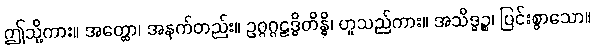
ဤသို့ကား။ အတ္ထော၊ အနက်တည်း။ ဥဂ္ဂဂ္ဂဠဒ္ဓိတိန္ဓိ၊ ဟူသည်ကား။ အသိဒ္ဓဉ္စ၊ ပြင်းစွာသော။